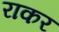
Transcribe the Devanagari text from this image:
राकर